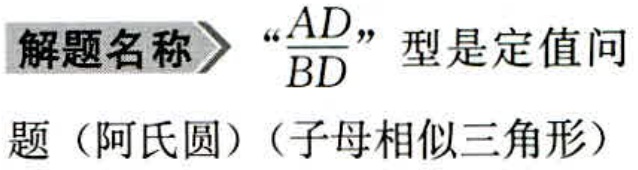
解题名称$\rightharpoonup$“$\frac{AD}{BD}$”型是定值问题（阿氏圆）（子母相似三角形）